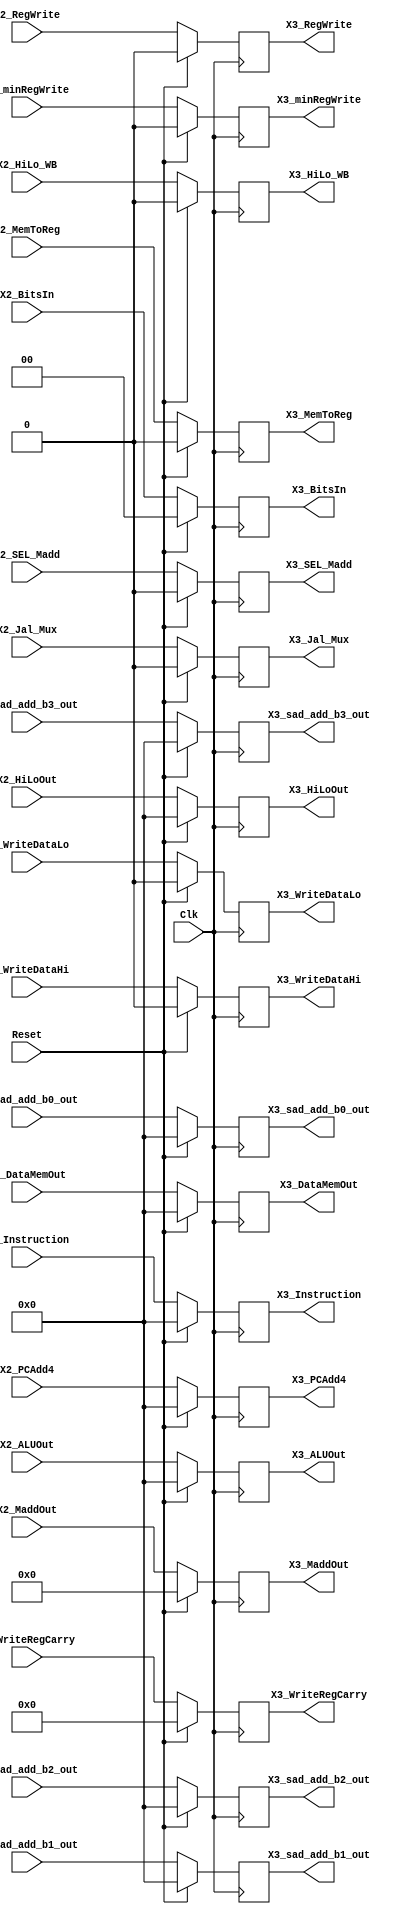
`timescale 1ns / 1ps
/*

Group Names
Alan Manuel Loreto Corndidez: 1/3 Effort
Haseeb Sarwar Irfan: 1/3 Effort
Chris W Bremser: 1/3 Effort

*/

module X2_X3_pipelineRegister(
    X2_Instruction,
    X2_PCAdd4,
    X2_DataMemOut,
    X2_ALUOut,
    X2_MaddOut,
    X2_HiLoOut,
    X2_WriteRegCarry,
    //controller
    
    X2_MemToReg,
	X2_BitsIn,
	X2_Jal_Mux,
	X2_SEL_Madd,
	X2_HiLo_WB,
	X2_RegWrite,
	X2_WriteDataHi,
	X2_WriteDataLo,
	X2_sad_add_b0_out,
	X2_sad_add_b1_out,
	X2_sad_add_b2_out,
	X2_sad_add_b3_out,
	X2_minRegWrite, 
	
    X3_Instruction,
    X3_PCAdd4,
    X3_DataMemOut,
    X3_ALUOut,
    X3_MaddOut,
    X3_HiLoOut,
    X3_WriteRegCarry,
   
    //controller

    X3_MemToReg,
	X3_BitsIn,
	X3_Jal_Mux,
	X3_SEL_Madd,
	X3_HiLo_WB,
	X3_RegWrite,
	X3_WriteDataHi,
	X3_WriteDataLo,
	X3_sad_add_b0_out,
	X3_sad_add_b1_out,
	X3_sad_add_b2_out,
	X3_sad_add_b3_out,
	X3_minRegWrite,
    

    Clk,
    Reset
    );

    input Clk;
    input Reset;

    input [31:0] X2_Instruction;
    input [31:0]X2_PCAdd4;
    input [31:0]X2_DataMemOut;
    input [31:0]X2_ALUOut;
    input [63:0]X2_MaddOut;
    input [31:0]X2_HiLoOut;
    input [4:0]X2_WriteRegCarry;
   
    input X2_MemToReg;
	input [1:0]X2_BitsIn;
	input X2_Jal_Mux;
	input X2_SEL_Madd;
	input X2_HiLo_WB;
	input X2_RegWrite;
	input X2_WriteDataHi;
	input X2_WriteDataLo;
	input [31:0]X2_sad_add_b0_out;
	input [31:0]X2_sad_add_b1_out;
	input [31:0]X2_sad_add_b2_out;
	input [31:0]X2_sad_add_b3_out;
	input X2_minRegWrite;

    output reg [31:0]X3_Instruction;
    output reg [31:0]X3_PCAdd4;
    output reg [31:0]X3_DataMemOut;
    output reg [31:0]X3_ALUOut;
    output reg [63:0]X3_MaddOut;
    output reg [31:0]X3_HiLoOut;
    output reg [4:0]X3_WriteRegCarry;

    output reg X3_MemToReg;
	output reg [1:0]X3_BitsIn;
	output reg X3_Jal_Mux;
	output reg X3_SEL_Madd;
	output reg X3_HiLo_WB;
	output reg X3_RegWrite;
	output reg X3_WriteDataHi;
	output reg X3_WriteDataLo;
	output reg [31:0]X3_sad_add_b0_out;
	output reg [31:0]X3_sad_add_b1_out;
	output reg [31:0]X3_sad_add_b2_out;
	output reg [31:0]X3_sad_add_b3_out;
	output reg X3_minRegWrite;
    

    always @(posedge Clk)
    begin
    
    if(Reset == 1) begin
        X3_Instruction <= 0;
        X3_PCAdd4 <= 0;
        X3_DataMemOut <= 0;
        X3_ALUOut <= 0;
        X3_MaddOut <= 0;
        X3_HiLoOut <= 0;

        X3_MemToReg <= 0;
	    X3_BitsIn <= 0;
	    X3_Jal_Mux <= 0;
	    X3_SEL_Madd <= 0;
	    X3_HiLo_WB <= 0;
	    X3_RegWrite <= 0;
	    X3_WriteRegCarry <= 0;
	    
	    X3_WriteDataHi <= 0;
	    X3_WriteDataLo <= 0;
	    X3_sad_add_b0_out <= 0;
	    X3_sad_add_b1_out <= 0;
	    X3_sad_add_b2_out <= 0;
	    X3_sad_add_b3_out <= 0;
	    X3_minRegWrite <= 0;
    end
    
    else begin
        X3_Instruction <= X2_Instruction;
        X3_PCAdd4 <= X2_PCAdd4;
        X3_DataMemOut <= X2_DataMemOut;
        X3_ALUOut <= X2_ALUOut;
        X3_MaddOut <= X2_MaddOut;
        X3_HiLoOut <= X2_HiLoOut;

        X3_MemToReg <= X2_MemToReg;
	    X3_BitsIn <= X2_BitsIn;
	    X3_Jal_Mux <= X2_Jal_Mux;
	    X3_SEL_Madd <= X2_SEL_Madd;
	    X3_HiLo_WB <= X2_HiLo_WB;
	    X3_RegWrite <= X2_RegWrite;
	    X3_WriteRegCarry <= X2_WriteRegCarry;
	    
	    X3_WriteDataHi <= X2_WriteDataHi;
	    X3_WriteDataLo <= X2_WriteDataLo;
	    X3_sad_add_b0_out <= X2_sad_add_b0_out;
	    X3_sad_add_b1_out <= X2_sad_add_b1_out;
	    X3_sad_add_b2_out <= X2_sad_add_b2_out;
	    X3_sad_add_b3_out <= X2_sad_add_b3_out;
	    X3_minRegWrite <= X2_minRegWrite;

    end
    end
    
endmodule